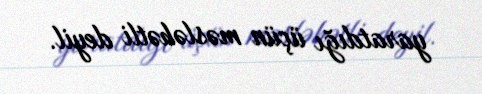
yaratdığı üçün məsləhətli deyil.